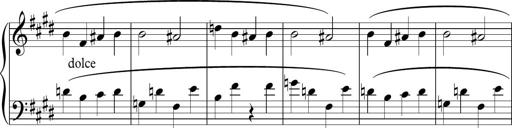
Title: Sonatina n.3
Composer: Tatiana Stankovych
Key: E major